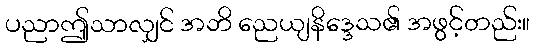
ပညာဤသာလျှင် အဘိ ညေယျနိဒ္ဒေသ၏ အဖွင့်တည်း။